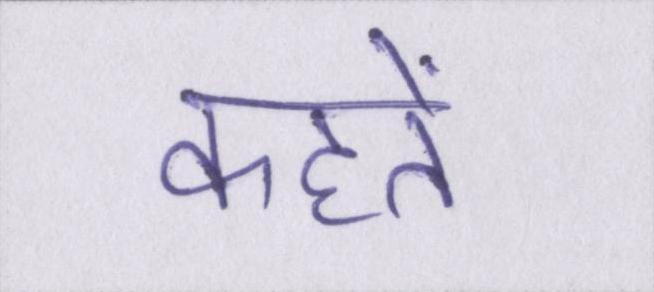
कहतें